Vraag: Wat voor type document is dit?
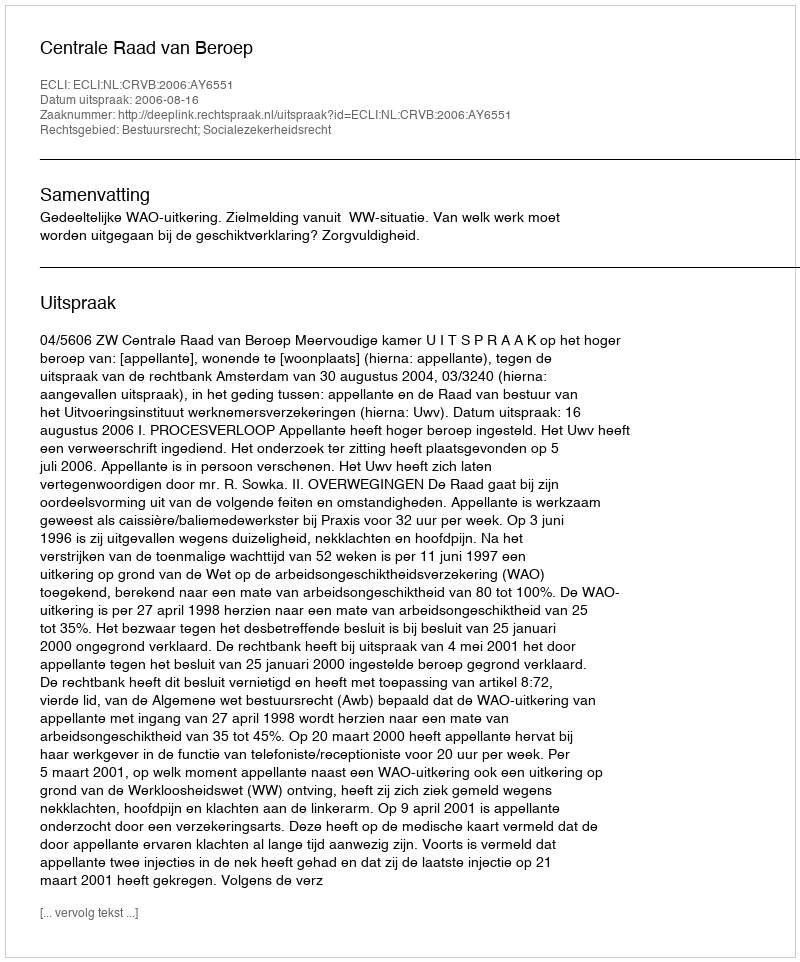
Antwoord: Uitspraak